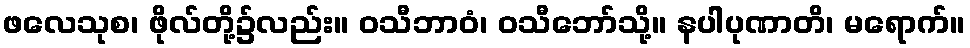
ဖလေသုစ၊ ဖိုလ်တို့၌လည်း။ ဝသီဘာဝံ၊ ဝသီဘော်သို့။ နပါပုဏာတိ၊ မရောက်။